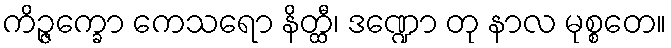
ကိဉ္ဇက္ခော ကေသရော နိတ္ထီ၊ ဒဏ္ဍော တု နာလ မုစ္စတေ။